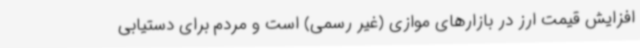
افزایش قیمت ارز در بازارهای موازی (غیر رسمی) است و مردم برای دستیابی